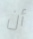
أن